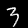
Label: 3